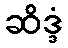
ဆိဒ္ဒံ